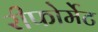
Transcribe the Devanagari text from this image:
रीफोर्मेट